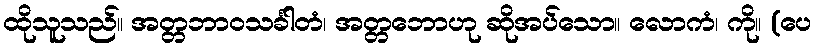
ထိုသူသည်။ အတ္တဘာဝသင်္ခါတံ၊ အတ္တဘောဟု ဆိုအပ်သော။ လောကံ၊ ကို။ (ပေ